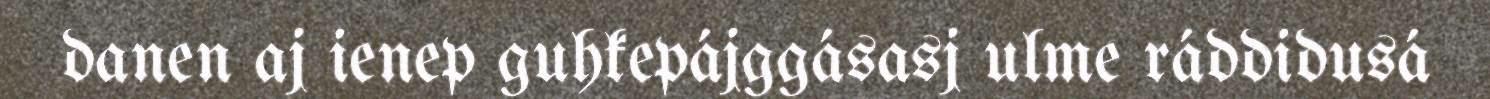
danen aj ienep guhkepájggásasj ulme ráddidusá